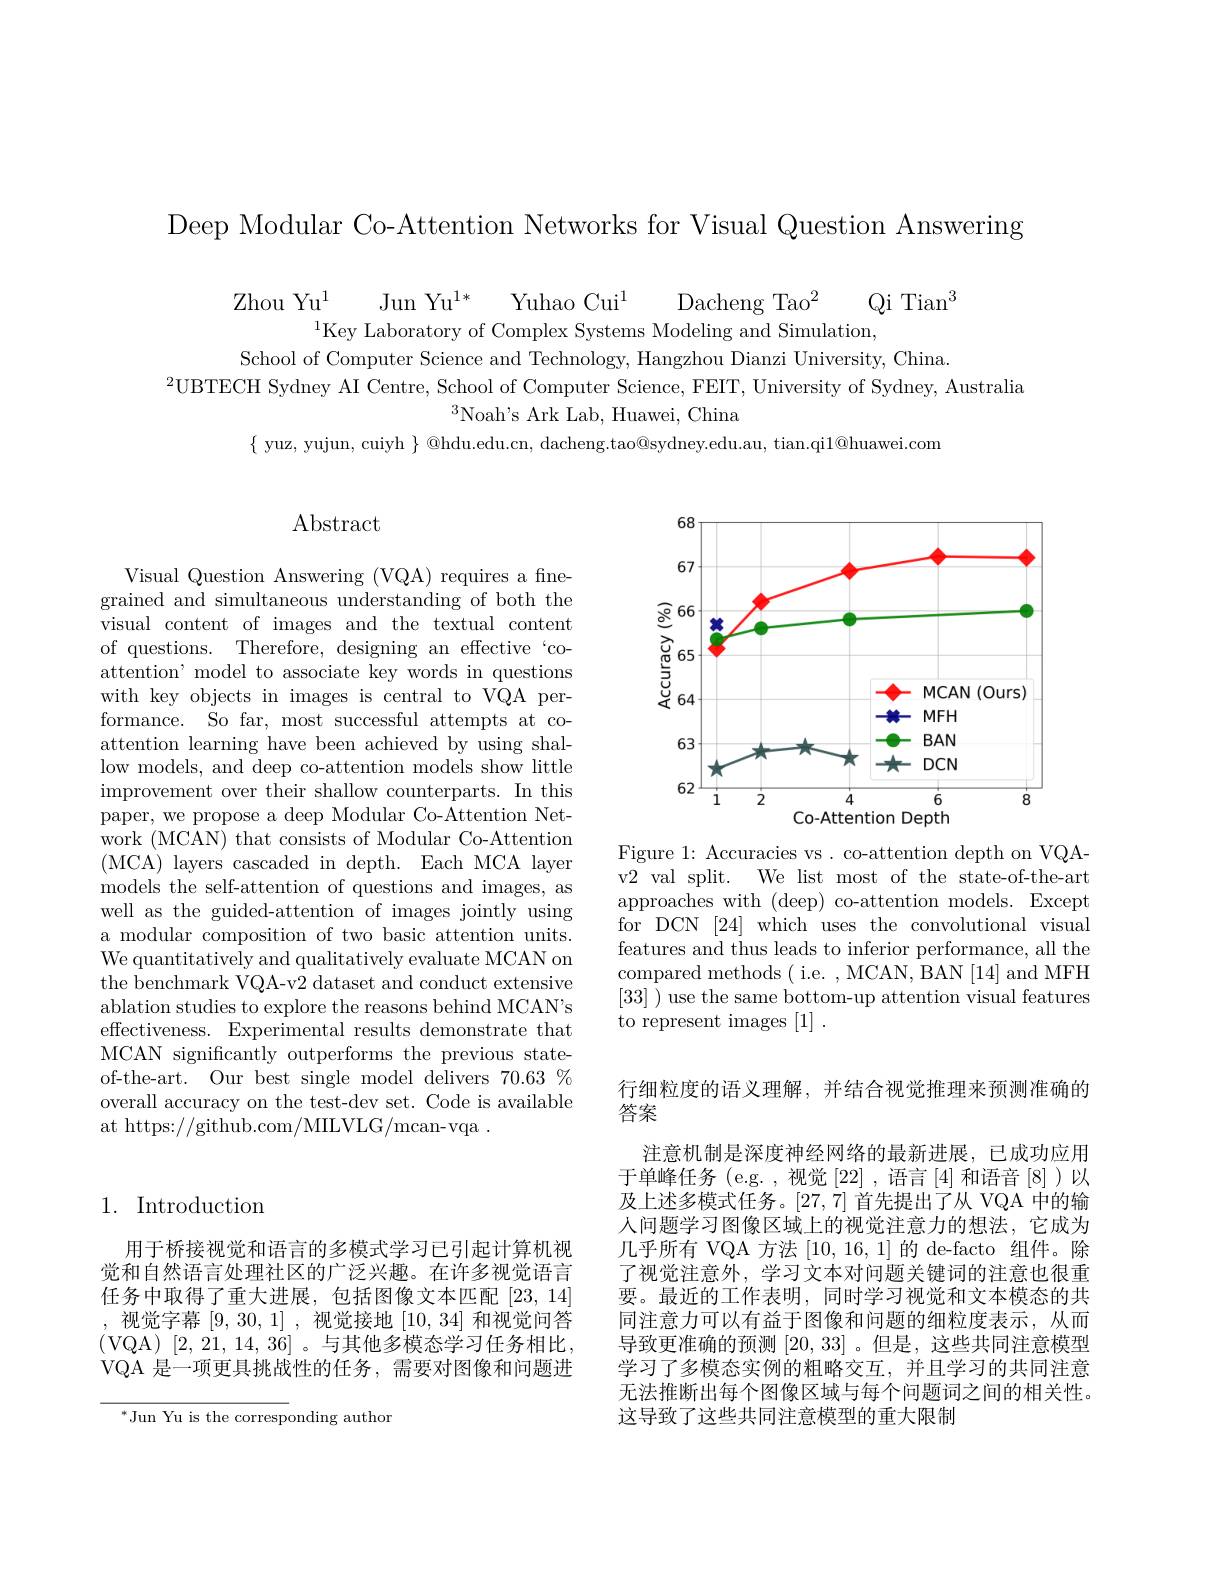
Deep Modular Co-Attention Networks for Visual Question Answering

$\begin{array}{cc}\text{Zhou Yu}^{1}&\text{Jun Yu}^{1*}&\text{Yuhao Cui}^{1}&\text{Dacheng Tao}^{2}&\text{Qi Tian}^{3}\\\text{Key Laboratory of Complex Systems Modeling and Simulation,}&\text{Qi Tian}^{3}\\\text{Gle }&\text{Gin }&\text{Gi Tin }&\text{Fin }&\text{Fin }\\\end{array}$
School of Computer Science and Technology, Hangzhou Dianzi University, China.
$^{2}$UBTECH Sydney AI Centre, School of Computer Science, FEIT, University of Sydney, Australia
$^3$Noah's Ark Lab, Huawei, China
$\{$ yuz, yujun, cuiyh $\}$ @hdu.edu.cn, dacheng.tao@sydney.edu.au, tian.qi$1@$huawei.com

# $\operatorname{Abstract}$

Visual Question Answering (VQA) requires a finegrained and simultaneous understanding of both the visual content of images and the textual content of questions. Therefore, designing an effective`coattention' model to associate key words in questions with key objects in images is central to VQA performance. So far, most successful attempts at coattention learning have been achieved by using shallow models, and deep co-attention models show little improvement over their shallow counterparts. In this paper, we propose a deep Modular Co-Attention Network (MCAN) that consists of Modular Co-Attention (MCA) layers cascaded in depth. Each MCA layer models the self-attention of questions and images, as well as the guided-attention of images jointly using a modular composition of two basic attention units. We quantitatively and qualitatively evaluate MCAN on the benchmark VQA-v2 dataset and conduct extensive ablation studies to explore the reasons behind MCAN's effectiveness. Experimental results demonstrate that MCAN significantly outperforms the previous stateof-the-art. Our best single model delivers $70.63\%$ overall accuracy on the test-dev set. Code is available at https://github.com/MILVLG/mcan-vqa~.

<FigureHere>

Figure 1: Accuracies vs. co-attention depth on VQAv2 val split. We list most of the state-of-the-art approaches with (deep) co-attention models. Except for DCN [24] which uses the convolutional visual features and thus leads to inferior performance, all the compared methods( i.e. , MCAN, BAN[14] and MFH [33] ) use the same bottom-up attention visual features to represent images [1].

# 1. Introduction

用于桥接视觉和语言的多模式学习已引起计算机视觉和自然语言处理社区的广泛兴趣。在许多视觉语言任务中取得了重大进展，包括图像文本匹配[23,14] ,视觉字幕[9,30,1],视觉接地[10,34]和视觉问答(VQA)[2,21,14,36]。与其他多模态学习任务相比， VQA 是一项更具挑战性的任务，需要对图像和问题进

$^{*}$Jun Yu is the corresponding author

行细粒度的语义理解，并结合视觉推理来预测准确的
答案
注意机制是深度神经网络的最新进展，已成功应用于单峰任务(e.g.,视觉[22],语言[4]和语音[8])以及上述多模式任务。[27,7]首先提出了从 VQA 中的输人问题学习图像区域上的视觉注意力的想法，它成为几乎所有 VQA 方法[10,16,1]的 de-facto 组件。除了视觉注意外，学习文本对问题关键词的注意也很重要。最近的工作表明，同时学习视觉和文本模态的共同注意力可以有益于图像和问题的细粒度表示，从而导致更准确的预测[20,33] 。但是，这些共同注意模型学习了多模态实例的粗略交互，并且学习的共同注意无法推断出每个图像区域与每个问题词之间的相关性。这导致了这些共同注意模型的重大限制